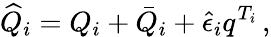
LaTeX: \widehat{Q}_{i}=Q_{i}+\bar{Q}_{i}+\hat{\epsilon}_{i}q^{T_{i}}\, ,